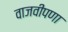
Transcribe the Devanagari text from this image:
वाजवीपणा